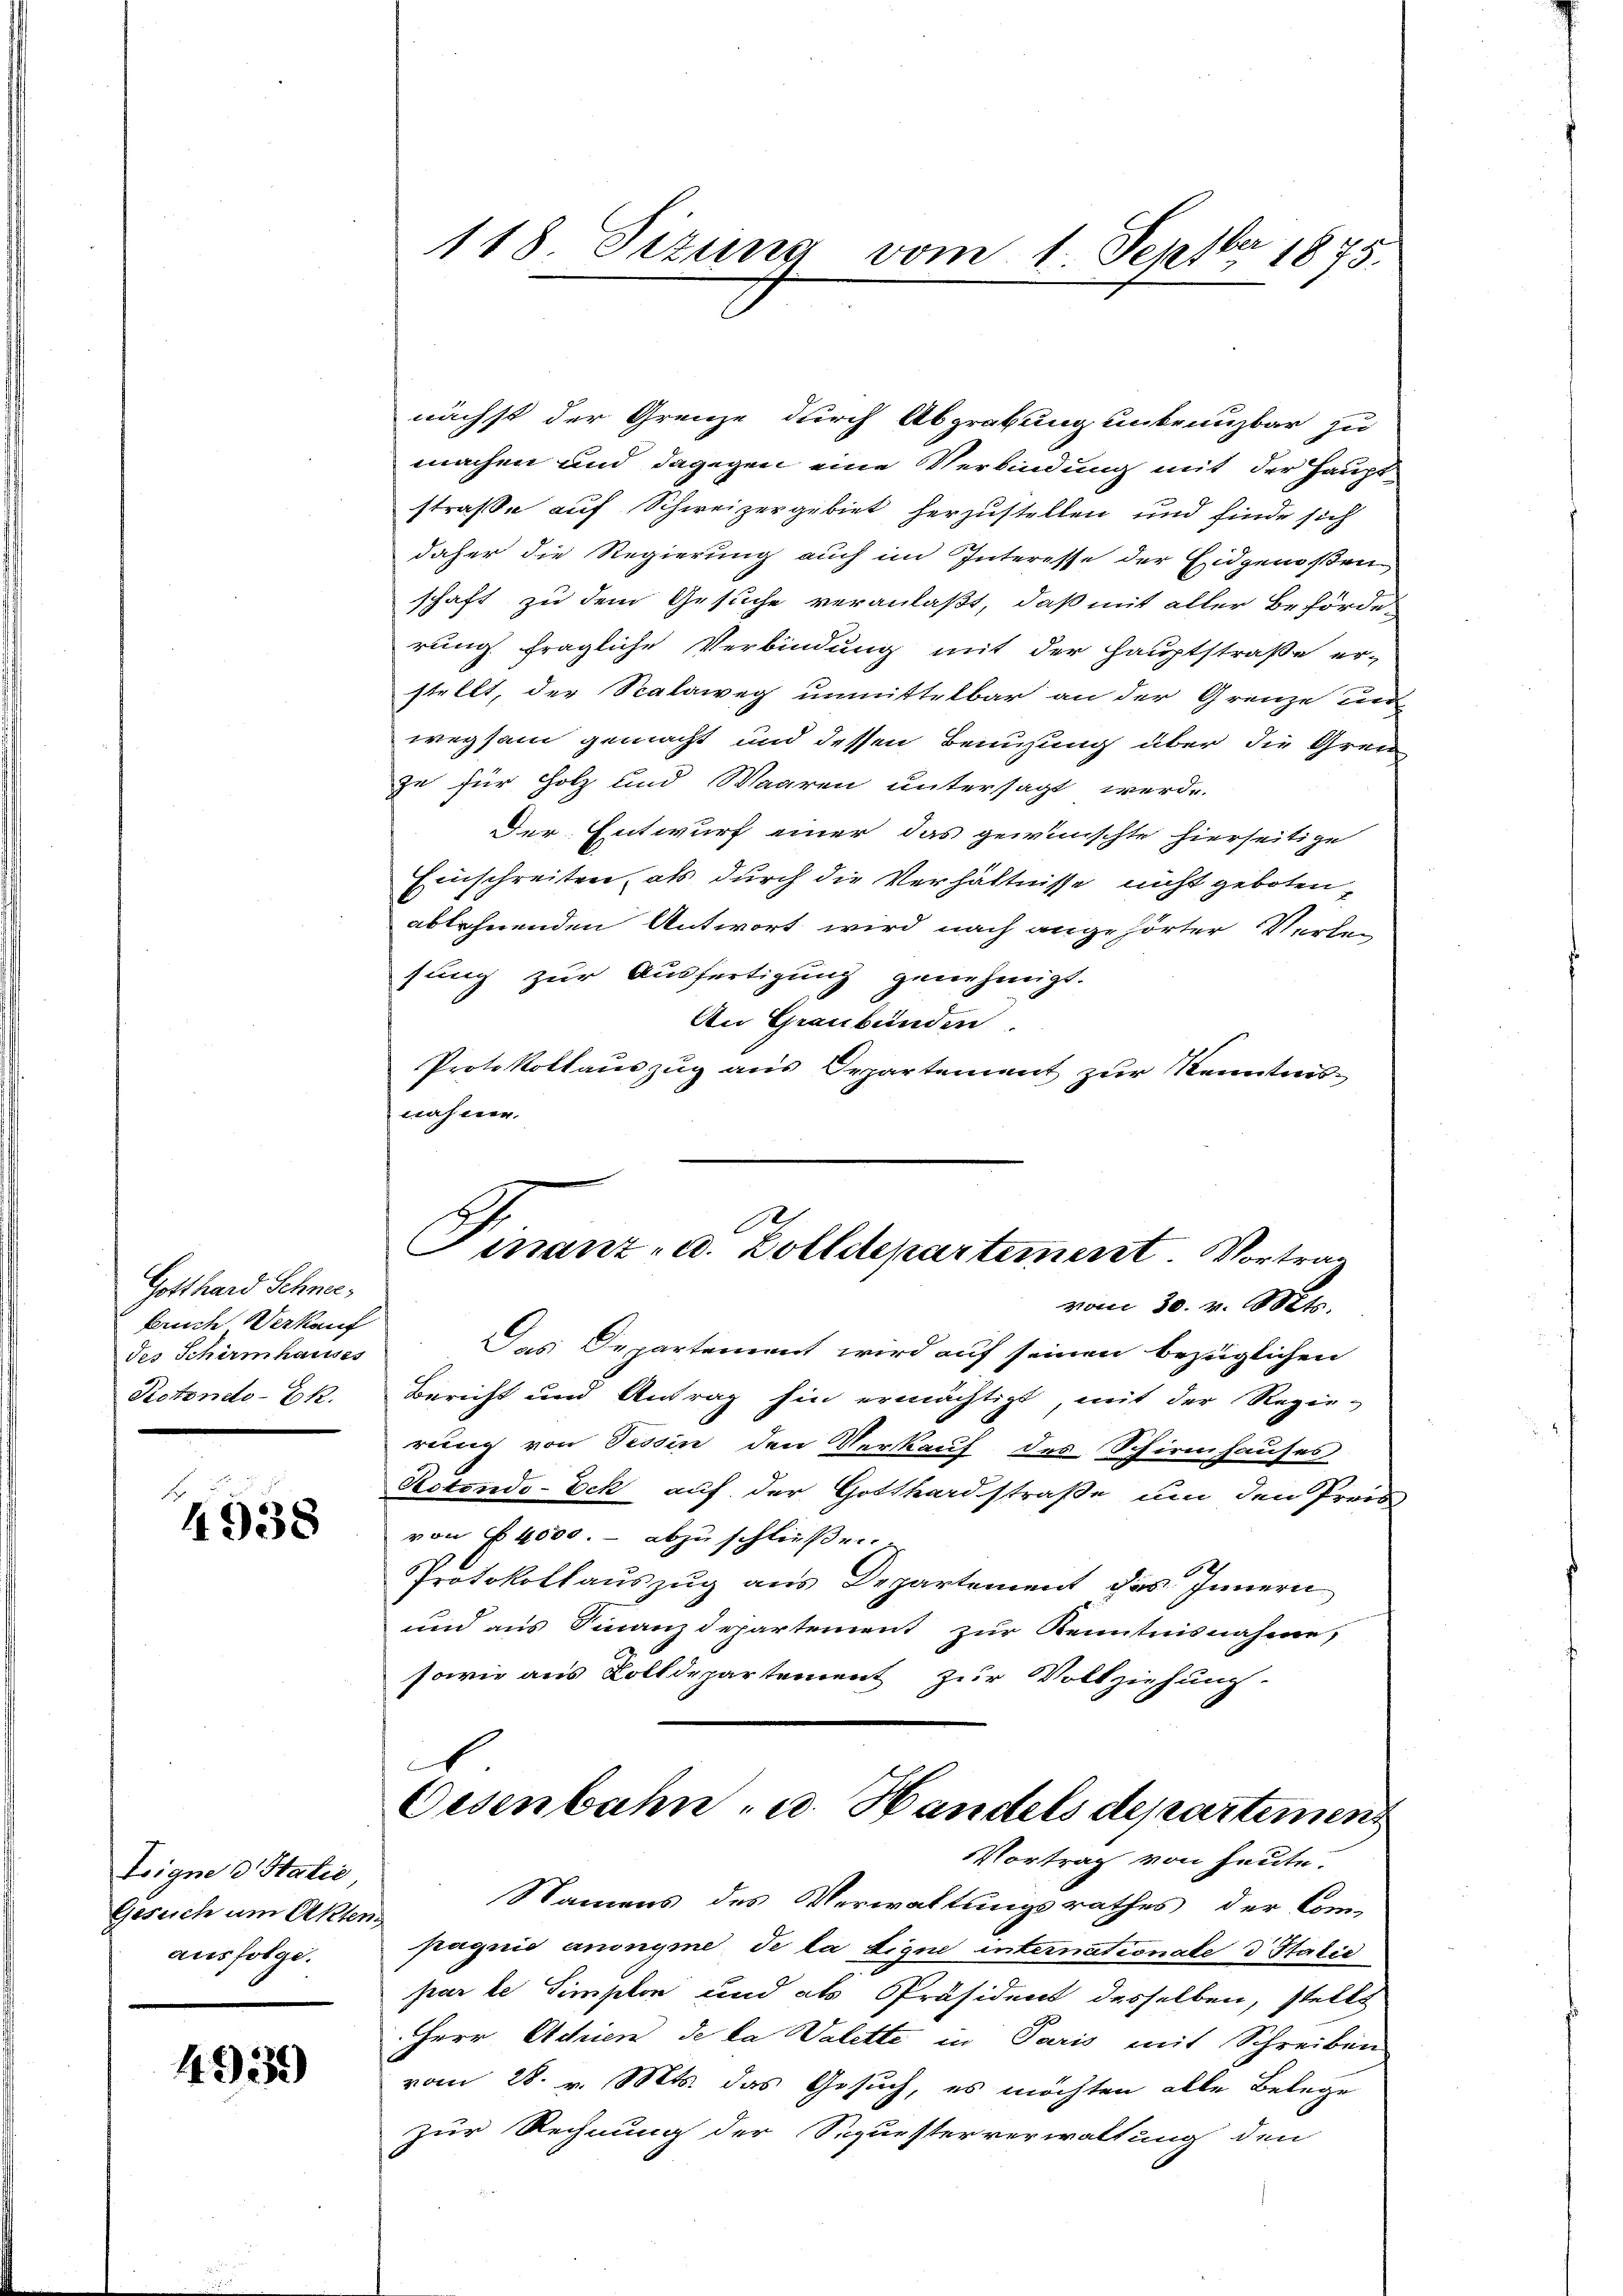
Gotthard Schnebruche Verkauf
des Schirmhauses
Potoneto-Ek.

4938

Leigne d. Statie
Gesuch am Akten.
ausfolge.

4939)

machen und dagegen eine Verbindung mit der Hauptstraße auf Schweizergebiet herzustellen und finde sich
daher die Regierung auch im Interesse der Eidgenoßen
schaft zu dem Gesuche veranlaßt, daß mit aller Behörde
rung fragliche Verbindung mit der Hauptstraße er-
stellt, der Scalaweg unmittelbar an der Grenze un
wegsam gemacht und dessen Benuzung über die Gren
zu für Holz und Waaren untersagt werde.
Der Entwurf einer das gewünschte hierseitige
Einschreiten, als durch die Verhältnisse nicht geboten
ablehnenden Antwort wird nach angehörter Verlesung zur Ausfertigung genehmigt.
An Graubünden.
Protokollauszug aus Departement zur Kenntnisnähme.

118. Situng vom 1. Septbr 1875.

Das Departement wird auf seinen bezüglichen
Bericht und Antrag hin ermächtigt, mit der Regie-
rung von Tessin den Verkauf des Schirmhauses
Rotondo-Eck auf der Gotthardstraße um den Preisvon No 4000.- abzuschließen.
Protokollauszug aus Departement des Innern
und aus Finanzdepartement zur Kenntnisnahme,
sowie aus Rolldepartement zur Vollziehung.
.
Oesenbahn, u. Handels departemen
Vortrag von heute.
Namens des Verwaltungsrathes der Com-
pagnis anonyme de la ligne internationale 3 Statie
par le Simplon und als Präsident desselben, stellt
Herr Achien de la Valette in Paris mit Schreiben
vom 28. v. Mts. das Gesuch, es möchten alle Belege
zur Rechnung der Sequesterverwaltung den

nächst der Grenze durch Abgrabung unbranzbar zu

e
Finanz- u. Zolldepartement. Vortrag
vom 30. v. Mts.